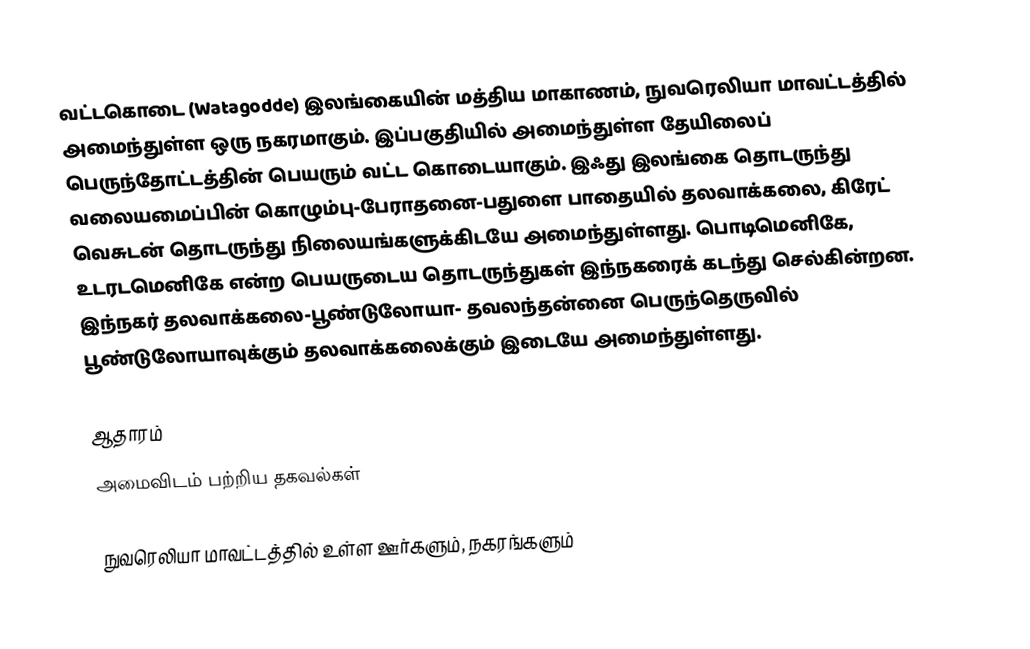
வட்டகொடை (Watagodde) இலங்கையின்  மத்திய மாகாணம், நுவரெலியா மாவட்டத்தில் அமைந்துள்ள ஒரு நகரமாகும். இப்பகுதியில் அமைந்துள்ள தேயிலைப் பெருந்தோட்டத்தின் பெயரும் வட்ட கொடையாகும். இஃது இலங்கை தொடருந்து வலையமைப்பின் கொழும்பு-பேராதனை-பதுளை பாதையில் தலவாக்கலை, கிரேட் வெசுடன் தொடருந்து நிலையங்களுக்கிடயே அமைந்துள்ளது. பொடிமெனிகே, உடரடமெனிகே என்ற பெயருடைய தொடருந்துகள் இந்நகரைக் கடந்து செல்கின்றன. இந்நகர் தலவாக்கலை-பூண்டுலோயா- தவலந்தன்னை பெருந்தெருவில் பூண்டுலோயாவுக்கும் தலவாக்கலைக்கும் இடையே அமைந்துள்ளது.

ஆதாரம்
அமைவிடம் பற்றிய தகவல்கள்

நுவரெலியா மாவட்டத்தில் உள்ள ஊர்களும், நகரங்களும்